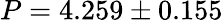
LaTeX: P=4.259\pm 0.155